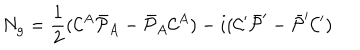
N _ { g } = { \frac { 1 } { 2 } } ( { \cal C } ^ { A } \bar { \cal P } _ { A } - \bar { \cal P } _ { A } { \cal C } ^ { A } ) - i ( { \cal C } ^ { \prime } \bar { \cal P } ^ { \prime } - \bar { \cal P } ^ { \prime } { \cal C } ^ { \prime } )